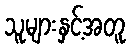
သူများနှင့်အတူ